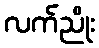
လက်ညိုး